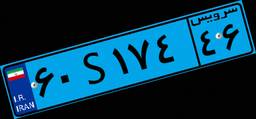
۶۰S۱۷۴۴۶